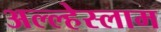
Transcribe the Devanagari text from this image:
अल्ल्हेस्लाम